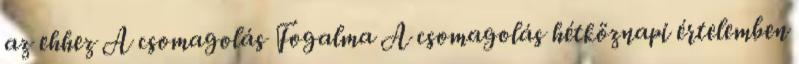
az ehhez A csomagolás Fogalma A csomagolás hétköznapi értelemben